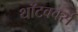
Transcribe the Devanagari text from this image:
थॉटवर्क्स